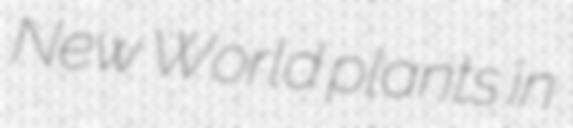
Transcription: New World plants in